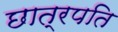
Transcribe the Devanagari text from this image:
छात्रपति